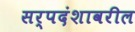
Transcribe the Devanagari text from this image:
सर्पदंशावरील